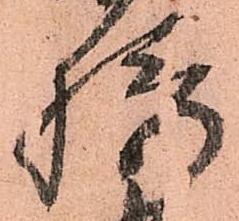
摂